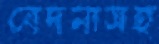
বেদনাসহ